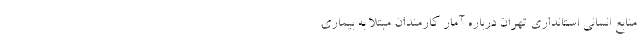
منابع انسانی استانداری تهران درباره آمار کارمندان مبتلا به بیماری